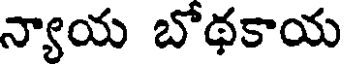
న్యాయ బోథకాయ